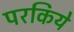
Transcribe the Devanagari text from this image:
परकिये